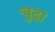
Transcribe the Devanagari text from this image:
चुढा